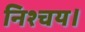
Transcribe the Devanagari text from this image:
निश्चय।